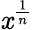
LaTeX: \mathit{x}^{\frac{{1}}{{n}}}